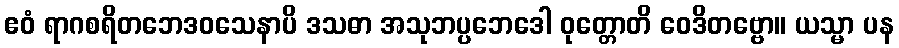
ဧဝံ ရာဂစရိတဘေဒဝသေနာပိ ဒသဓာ အသုဘပ္ပဘေဒေါ ဝုတ္တောတိ ဝေဒိတဗ္ဗော။ ယသ္မာ ပန